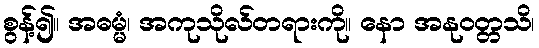
စွန့်၍။ အဓမ္မံ၊ အကုသိုလ်တရားကို။ နော အနုဝတ္တသိ၊